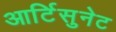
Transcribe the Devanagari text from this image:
आर्टिसुनेट